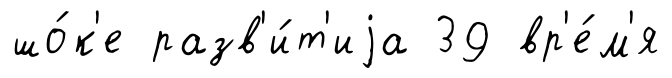
шо́к'е разв'и́т'иjа 39 вр'е́м'я